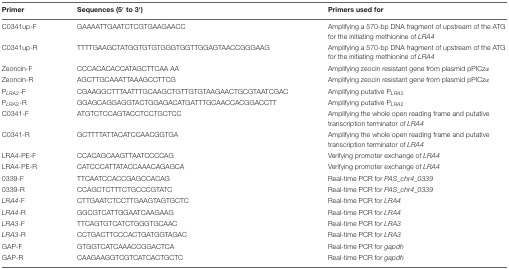
<table><thead><tr><td><b>Primer</b></td><td><b>Sequences (5′ to 3′)</b></td><td><b>Primers used for</b></td></tr></thead><tbody><tr><td>C0341up-F</td><td>GAAAATTGAATCTCGTGAAGAACC</td><td>Amplifying a 570-bp DNA fragment of upstream of the ATG for the initiating methionine of <i>LRA4</i></td></tr><tr><td>C0341up-R</td><td>TTTTGAAGCTATGGTGTGTGGGTGGTTGGAGTAACCGGGAAG</td><td>Amplifying a 570-bp DNA fragment of upstream of the ATG for the initiating methionine of <i>LRA4</i></td></tr><tr><td>Zeoncin-F</td><td>CCCACACACCATAGCTTCAA AA</td><td>Amplifying zeocin resistant gene from plasmid pPICzα</td></tr><tr><td>Zeoncin-R</td><td>AGCTTGCAAATTAAAGCCTTCG</td><td>Amplifying zeocin resistant gene from plasmid pPICzα</td></tr><tr><td>P<i><sub>LRA2</sub></i>-F</td><td>CGAAGGCTTTAATTTGCAAGCTGTTGTGTAAGAACTGCGTAATCGAC</td><td>Amplifying putative P<i><sub>LRA2</sub></i></td></tr><tr><td>P<i><sub>LRA2</sub></i>-R</td><td>GGAGCAGGAGGTACTGGAGACATGATTTGCAACCACGGACCTT</td><td>Amplifying putative P<i><sub>LRA2</sub></i></td></tr><tr><td>C0341-F</td><td>ATGTCTCCAGTACCTCCTGCTCC</td><td>Amplifying the whole open reading frame and putative transcription terminator of <i>LRA4</i></td></tr><tr><td>C0341-R</td><td>GCTTTTATTACATCCAACGGTGA</td><td>Amplifying the whole open reading frame and putative transcription terminator of <i>LRA4</i></td></tr><tr><td>LRA4-PE-F</td><td>CCACAGCAAGTTAATCCCCAG</td><td>Verifying promoter exchange of <i>LRA4</i></td></tr><tr><td>LRA4-PE-R</td><td>CATCCCATTATACCAAACAGAGCA</td><td>Verifying promoter exchange of <i>LRA4</i></td></tr><tr><td>0339-F</td><td>TTCAATCCACCGAGCCACAG</td><td>Real-time PCR for <i>PAS_chr4_0339</i></td></tr><tr><td>0339-R</td><td>CCAGCTCTTTCTGCCCGTATC</td><td>Real-time PCR for <i>PAS_chr4_0339</i></td></tr><tr><td><i>LRA4</i>-F</td><td>CTTGAATCTCCTTGAAGTAGTGCTC</td><td>Real-time PCR for <i>LRA4</i></td></tr><tr><td><i>LRA4</i>-R</td><td>GGCGTCATTGGAATCAAGAAG</td><td>Real-time PCR for <i>LRA4</i></td></tr><tr><td><i>LRA3</i>-F</td><td>TTCAGTGTCATCTGGGTGCAAC</td><td>Real-time PCR for <i>LRA3</i></td></tr><tr><td><i>LRA3</i>-R</td><td>CCTGACTTCCCACTGATGGTAGAC</td><td>Real-time PCR for <i>LRA3</i></td></tr><tr><td>GAP-F</td><td>GTGGTCATCAAACCGGACTCA</td><td>Real-time PCR for <i>gapdh</i></td></tr><tr><td>GAP-R</td><td>CAAGAAGGTCGTCATCACTGCTC</td><td>Real-time PCR for <i>gapdh</i></td></tr></tbody></table>